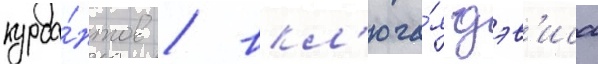
курса́нтов / вкл'юча́я дэв'иса